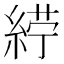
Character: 𮈙